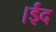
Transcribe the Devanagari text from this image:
।ईद